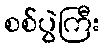
စစ်ပွဲကြီး